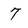
Character: 7